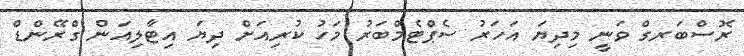
ރޮސްބަރގް ވަނީ މިދިޔަ އަހަރު ސެޕްޓެމްބަރު މަހު ކުރިއަށް ދިޔަ އިޓާލިއަން ގްރޭންޑް